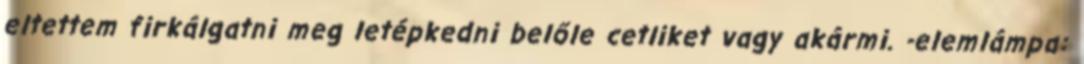
eltettem firkálgatni meg letépkedni belőle cetliket vagy akármi. -elemlámpa: